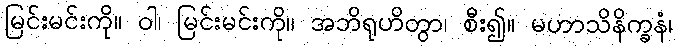
မြင်းမင်းကို။ ဝါ၊ မြင်းမင်းကို။ အဘိရုဟိတွာ၊ စီး၍။ မဟာသိနိက္ခနံ၊